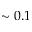
\sim 0 . 1